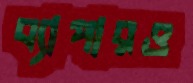
ব্যাপারও